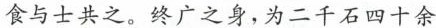
食与士共之。终广之身，为二千石四十余